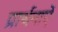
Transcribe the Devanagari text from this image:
प्रार्थनाऐं